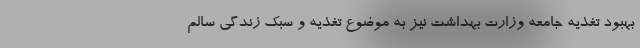
بهبود تغذیه جامعه وزارت بهداشت نیز به موضوع تغذیه و سبک زندگی سالم